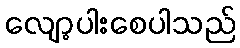
လျော့ပါးစေပါသည်